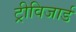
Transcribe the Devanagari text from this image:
ट्रीविजार्ड